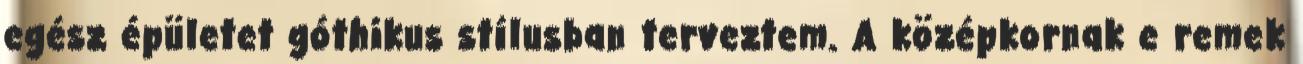
egész épületet góthikus stílusban terveztem. A középkornak e remek